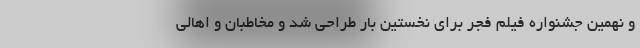
و نهمین جشنواره فیلم فجر برای نخستین بار طراحی شد و مخاطبان و اهالی